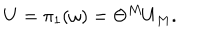
U = \pi _ { 1 } ( \omega ) = \Theta ^ { M } U _ { M } .